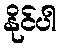
နိုင်ပါ